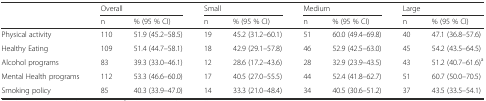
|  | <COLSPAN=2> Overall | <COLSPAN=2> Small | <COLSPAN=2> Medium | <COLSPAN=2> Large |
 |  | n | % (95 % CI) | n | % (95 % CI) | n | % (95 % CI) | n | % (95 % CI) |
 | --- | --- | --- | --- | --- | --- | --- | --- | --- |
 | Physical activity | 110 | 51.9 (45.2–58.5) | 19 | 45.2 (31.2–60.1) | 51 | 60.0 (49.4–69.8) | 40 | 47.1 (36.8–57.6) |
 | Healthy Eating | 109 | 51.4 (44.7–58.1) | 18 | 42.9 (29.1–57.8) | 46 | 52.9 (42.5–63.0) | 45 | 54.2 (43.5–64.5) |
 | Alcohol programs | 83 | 39.3 (33.0–46.1) | 12 | 28.6 (17.2–43.6) | 28 | 32.9 (23.9–43.5) | 43 | 51.2 (40.7–61.6)a |
 | Mental Health programs | 112 | 53.3 (46.6–60.0) | 17 | 40.5 (27.0–55.5) | 44 | 52.4 (41.8–62.7) | 51 | 60.7 (50.0–70.5) |
 | Smoking policy | 85 | 40.3 (33.9–47.0) | 14 | 33.3 (21.0–48.4) | 34 | 40.5 (30.6–51.2) | 37 | 43.5 (33.5–54.1) |